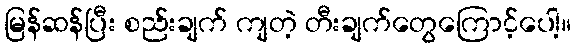
မြန်ဆန်ပြီး စည်းချက် ကျတဲ့ တီးချက်တွေကြောင့်ပေါ့။